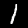
Digit: 1